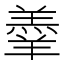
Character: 𮊱